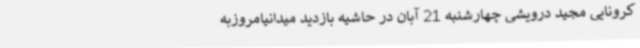
کرونایی مجید درویشی چهارشنبه 21 آبان در حاشیه بازدید میدانیامروزبه